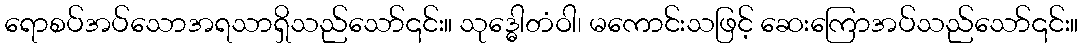
ရောစပ်အပ်သောအရသာရှိသည်သော်၎င်း။ သုဒ္ဓေါတံဝါ၊ မကောင်းသဖြင့် ဆေးကြောအပ်သည်သော်၎င်း။